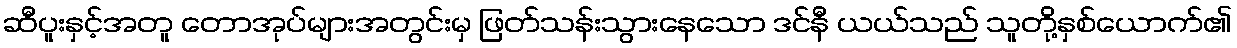
ဆီပူးနှင့်အတူ တောအုပ်များအတွင်းမှ ဖြတ်သန်းသွားနေသော ဒင်နီ ယယ်သည် သူတို့နှစ်ယောက်၏